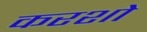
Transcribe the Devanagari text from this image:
करशो